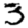
Digit: 3